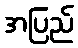
အပြည်